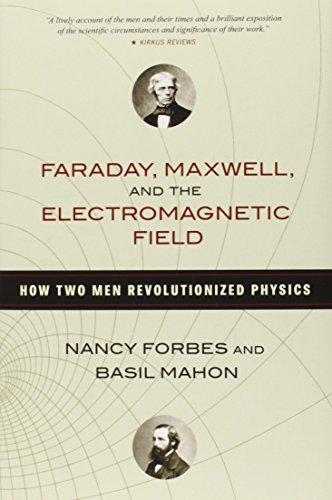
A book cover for Faraday, Maxwell, and the Electromagnetic Field: How Two Men Revolutionized Physics; Nancy Forbes; Science & Math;